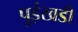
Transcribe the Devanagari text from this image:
पुईखडी